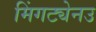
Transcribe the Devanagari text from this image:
मिंगट्येनउ